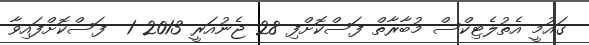
ގައުމީ އެތުލެޓިކްސް މުބާރާތް ފަސްކޮށްފި 28 ޖެނުއަރީ 2013 1  ފަސްކޮށްފައިވާ